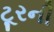
ટૂરની